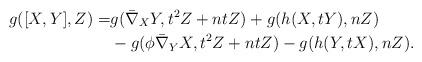
LaTeX: \begin{align*}g([X,Y], Z) =&g( \bar\nabla_{X}Y, t^{2}Z+ntZ)+g(h(X, tY), nZ) \\ &-g(\phi\bar\nabla_Y{X}, t^{2}Z+ntZ)-g(h(Y, tX), nZ).\end{align*}